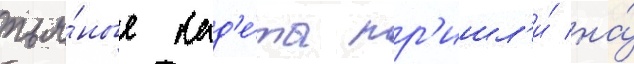
пья́ные кад'е́ты пр'ишл'и́ на́